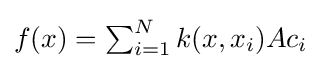
{\textstyle f(x)=\sum _{i=1}^{N}k(x,x_{i})Ac_{i}}